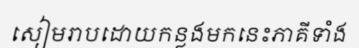
សៀមរាបដោយកន្លងមកនេះភាគីទាំង